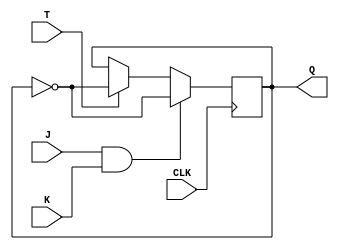
module tff_jk(input T, input J, input K, input CLK, output reg Q);

always @(posedge CLK) begin
    if (J && K) begin
        Q <= ~Q;
    end else if (T) begin
        Q <= ~Q;
    end
end

endmodule